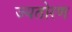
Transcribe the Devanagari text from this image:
ज्यतोरण